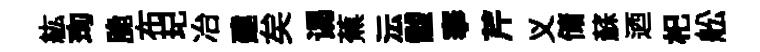
紘珣脆布玘冶建矣谒蕉沄黻搴芹义储蘇迺𣏌舩